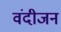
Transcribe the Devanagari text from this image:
वंदीजन